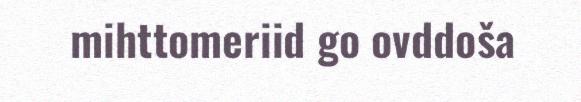
mihttomeriid go ovddoša